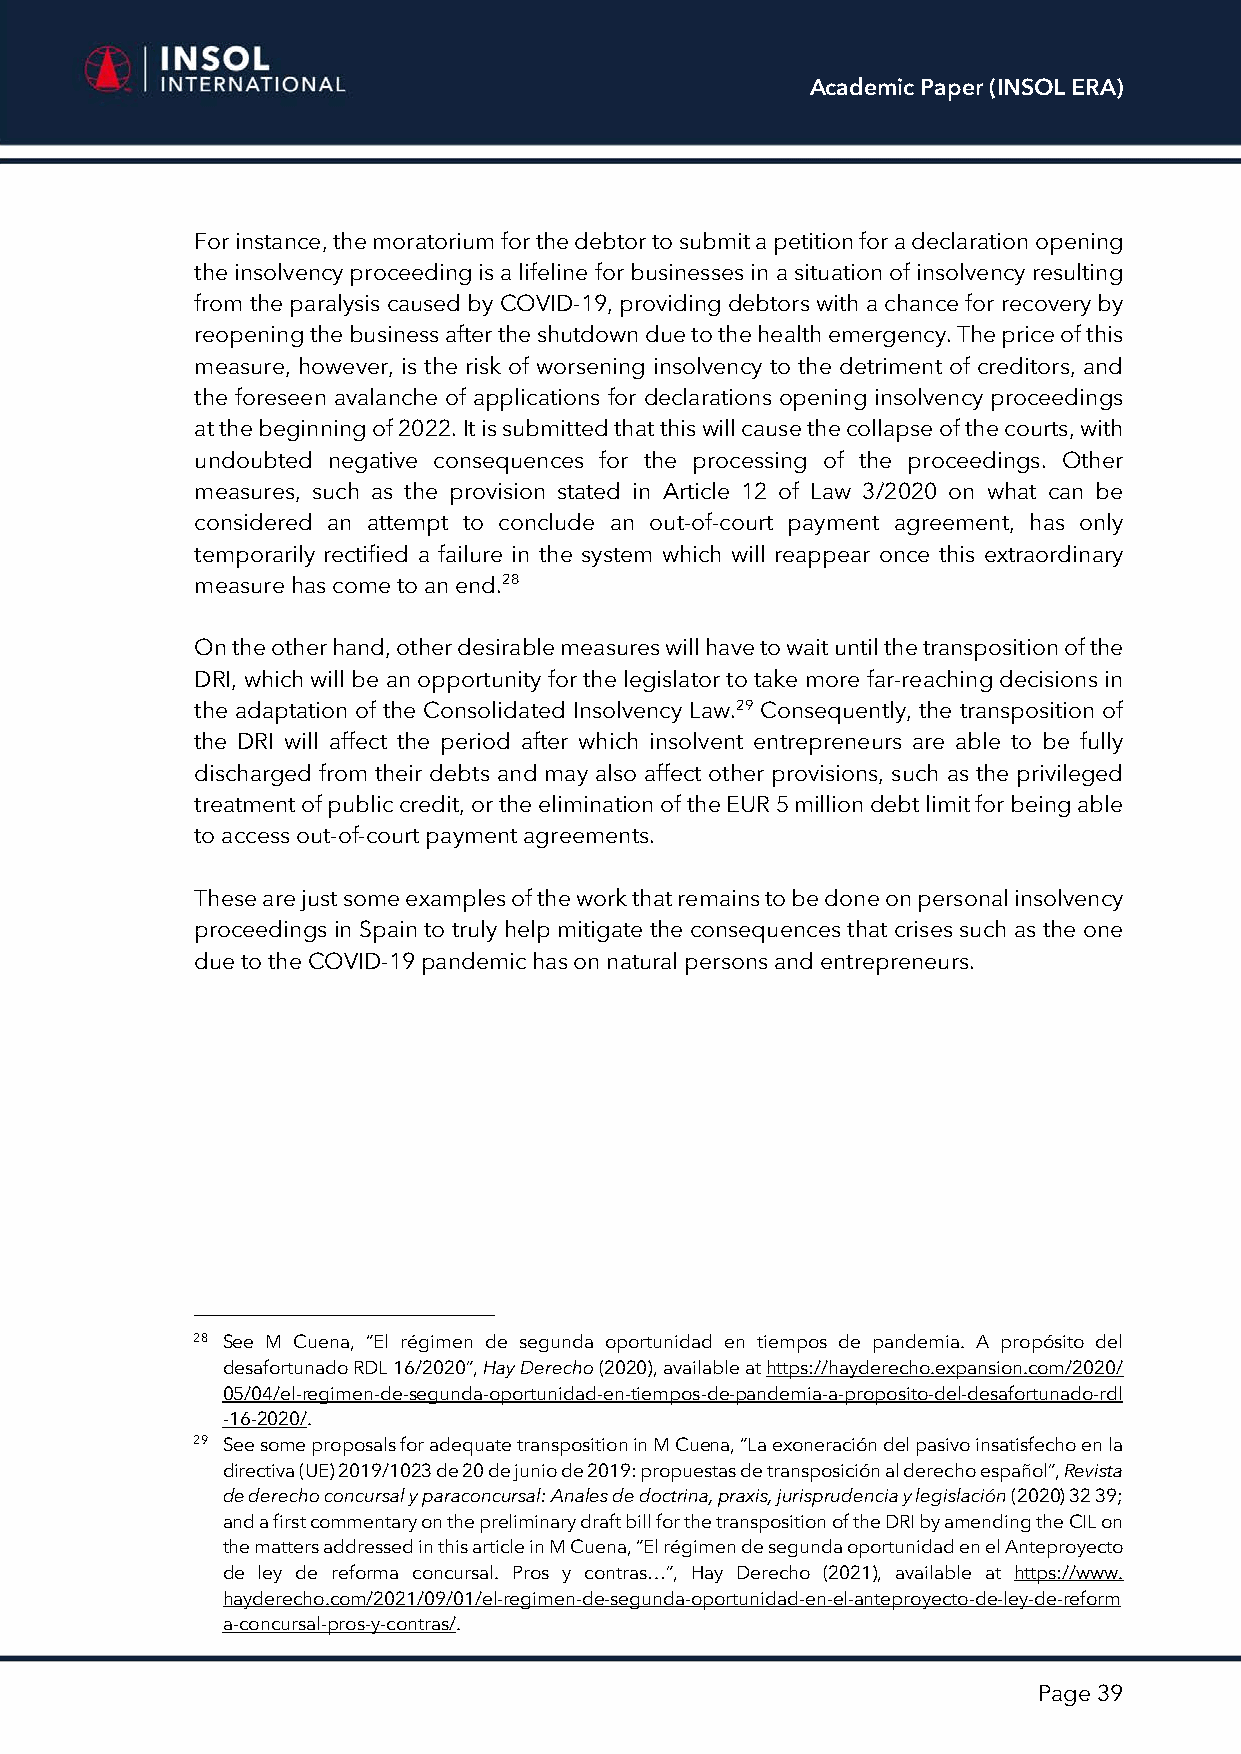
Academic Paper (INSOL ERA)
 For instance, the moratorium for the debtor to submit a petition for a declaration opening
 the insolvency proceeding is a lifeline for businesses in a situation of insolvency resulting
 from the paralysis caused by COVID-19, providing debtors with a chance for recovery by
 reopening the business after the shutdown due to the health emergency. The price of this
 measure, however, is the risk of worsening insolvency to the detriment of creditors, and
 the foreseen avalanche of applications for declarations opening insolvency proceedings
 at the beginning of 2022. It is submitted that this will cause the collapse of the courts, with
 undoubted negative consequences for the processing of the proceedings. Other
 measures, such as the provision stated in Article 12 of Law 3/2020 on what can be
 considered an attempt to conclude an out-of-court payment agreement, has only
 temporarily rectified a failure in the system which will reappear once this extraordinary
 measure has come to an end.28
 On the other hand, other desirable measures will have to wait until the transposition of the
 DRI, which will be an opportunity for the legislator to take more far-reaching decisions in
 the adaptation of the Consolidated Insolvency Law.29 Consequently, the transposition of
 the DRI will affect the period after which insolvent entrepreneurs are able to be fully
 discharged from their debts and may also affect other provisions, such as the privileged
 treatment of public credit, or the elimination of the EUR 5 million debt limit for being able
 to access out-of-court payment agreements.
 These are just some examples of the work that remains to be done on personal insolvency
 proceedings in Spain to truly help mitigate the consequences that crises such as the one
 due to the COVID-19 pandemic has on natural persons and entrepreneurs.
 28 See M Cuena, “El régimen de segunda oportunidad en tiempos de pandemia. A propósito del
 desafortunado RDL 16/2020”, Hay Derecho (2020), available at https://hayderecho.expansion.com/2020/
 05/04/el-regimen-de-segunda-oportunidad-en-tiempos-de-pandemia-a-proposito-del-desafortunado-rdl
 -16-2020/.
 29 See some proposals for adequate transposition in M Cuena, “La exoneración del pasivo insatisfecho en la
 directiva (UE) 2019/1023 de 20 de junio de 2019: propuestas de transposición al derecho español”, Revista
 de derecho concursal y paraconcursal: Anales de doctrina, praxis, jurisprudencia y legislación (2020) 32 39;
 and a first commentary on the preliminary draft bill for the transposition of the DRI by amending the CIL on
 the matters addressed in this article in M Cuena, “El régimen de segunda oportunidad en el Anteproyecto
 de ley de reforma concursal. Pros y contras…”, Hay Derecho (2021), available at https://www.
 hayderecho.com/2021/09/01/el-regimen-de-segunda-oportunidad-en-el-anteproyecto-de-ley-de-reform
 a-concursal-pros-y-contras/.
 Page 39